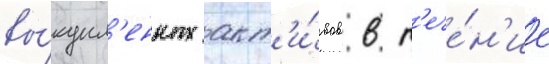
вы́купл'енных акт'и́вов в т'ече́н'ие